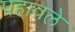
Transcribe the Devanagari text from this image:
पहावले